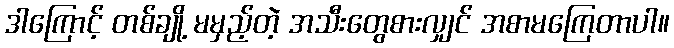
ဒါကြောင့် တစ်ချို့ မမှည့်တဲ့ အသီးတွေစားလျှင် အစာမကြေတာပါ။